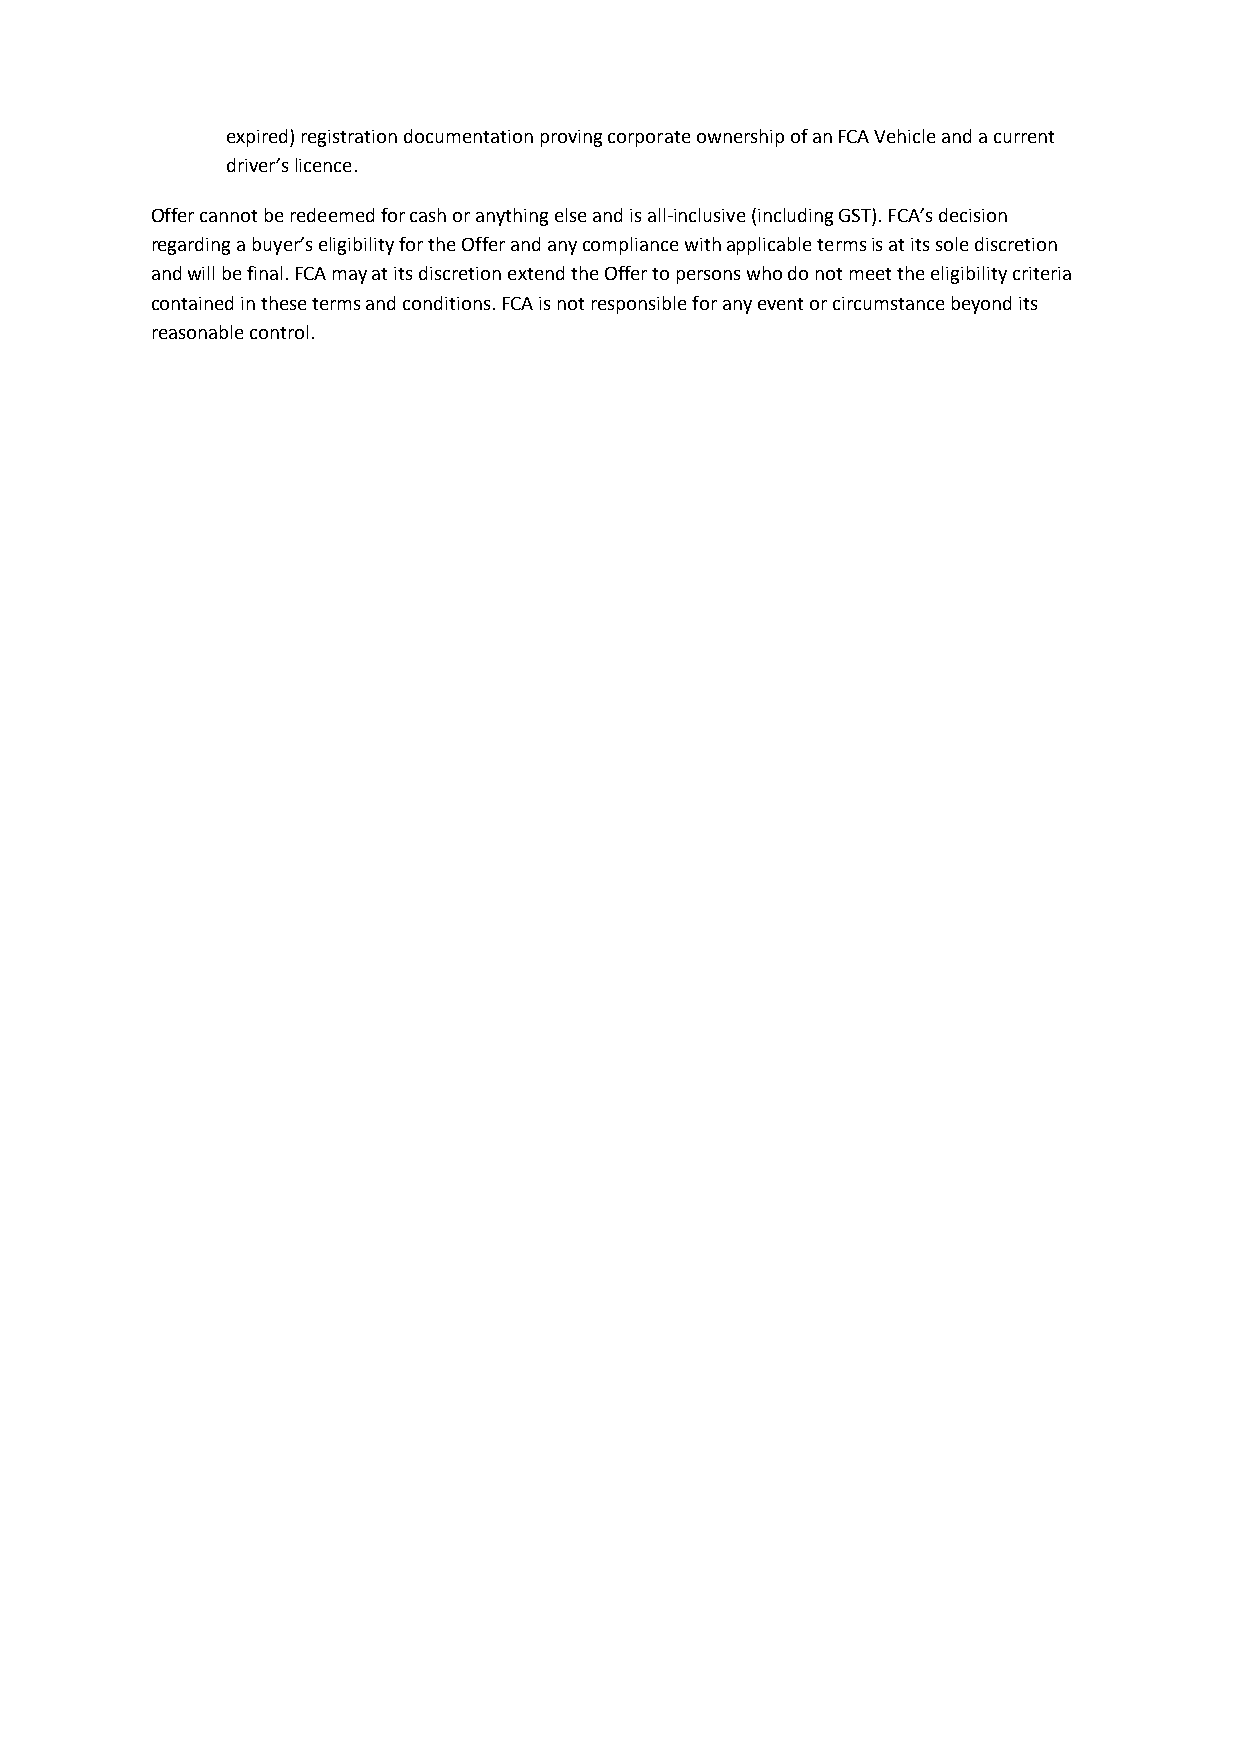
expired) registration documentation proving corporate ownership of an FCA Vehicle and a current
 driver’s licence.
 Offer cannot be redeemed for cash or anything else and is all-inclusive (including GST). FCA’s decision
 regarding a buyer’s eligibility for the Offer and any compliance with applicable terms is at its sole discretion
 and will be final. FCA may at its discretion extend the Offer to persons who do not meet the eligibility criteria
 contained in these terms and conditions. FCA is not responsible for any event or circumstance beyond its
 reasonable control.